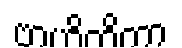
ဗာဟိတိကာ